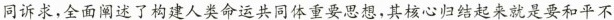
同诉求，全面阐述了构建人类命运共同体重要思想，其核心归结起来就是要和平不